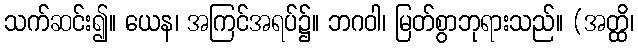
သက်ဆင်း၍။ ယေန၊ အကြင်အရပ်၌။ ဘဂဝါ၊ မြတ်စွာဘုရားသည်။ (အတ္ထိ၊